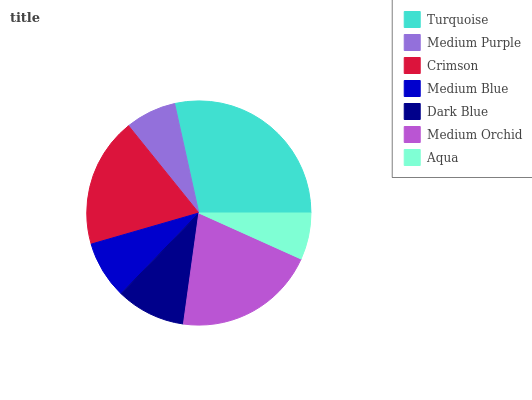
| Turquoise | Medium Purple | Crimson | Medium Blue | Dark Blue | Medium Orchid | Aqua |
 | --- | --- | --- | --- | --- | --- | --- |
 | 28.5% | 7.33% | 18.6% | 8.3% | 10% | 20.5% | 6.73% |